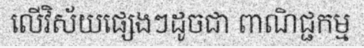
លើវិស័យផ្សេងៗដូចជា ពាណិជ្ជកម្ម